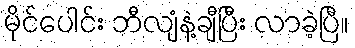
မိုင်ပေါင်း ဘီလျံနဲ့ချီပြီး လာခဲ့ပြီ။